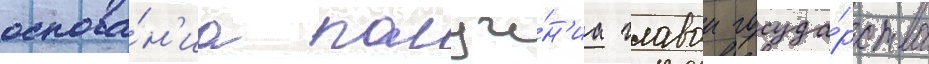
основа́н'иа получе́н'иа главои госуда́рства